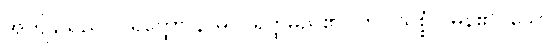
အကျိုးသည်။ ပရတ္ထော နာမ၊ ပရတ္ထမည်၏။ ဟိ (သစ္စံ)၊ မှန်၏။ သော၊